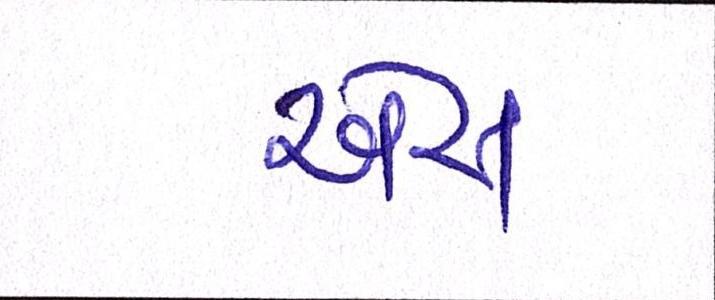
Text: એસ